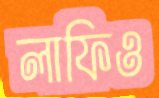
লাফিও